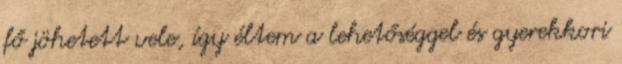
fő jöhetett vele, így éltem a lehetőséggel és gyerekkori